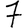
Digit: 7